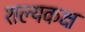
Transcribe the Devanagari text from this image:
शल्यकक्ष